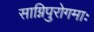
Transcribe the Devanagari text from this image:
साग्निपुरोगमाः